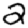
Digit: 2